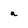
Character: a